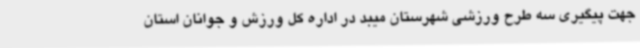
جهت پیگیری سه طرح ورزشی شهرستان میبد در اداره کل ورزش و جوانان استان